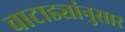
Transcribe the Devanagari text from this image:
वाटाड्यांनुसार